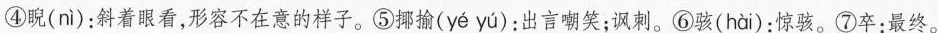
④睨( ni )：斜着眼看，形容不在意的样子。⑤揶揄( ye yu )：出言嘲笑；讽刺。⑥骇( hai )：惊骇。⑦卒：最终。